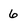
Character: 6